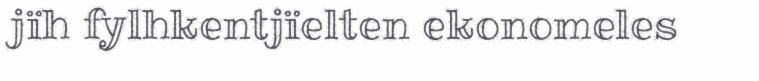
jïh fylhkentjïelten ekonomeles